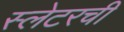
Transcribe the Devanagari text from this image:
स्लेटरची